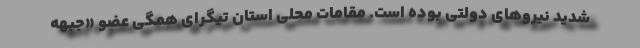
شدید نیروهای دولتی بوده است. مقامات محلی استان تیگرای همگی عضو «جبهه